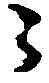
之